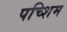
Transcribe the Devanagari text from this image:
पच्शिम